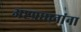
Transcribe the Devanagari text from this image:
अष्टप्रधानांना